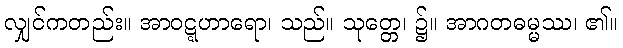
လျှင်ကတည်း။ အာဝဋ္ဋဟာရော၊ သည်။ သုတ္တေ၊ ၌။ အာဂတဓမ္မဿ၊ ၏။